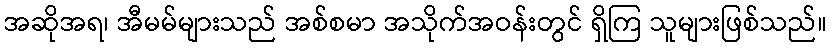
အဆိုအရ၊ အီမမ်များသည် အစ်စမာ အသိုက်အဝန်းတွင် ရှိကြ သူများဖြစ်သည်။